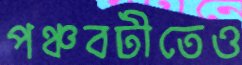
পঞ্চবটীতেও